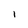
Character: 1